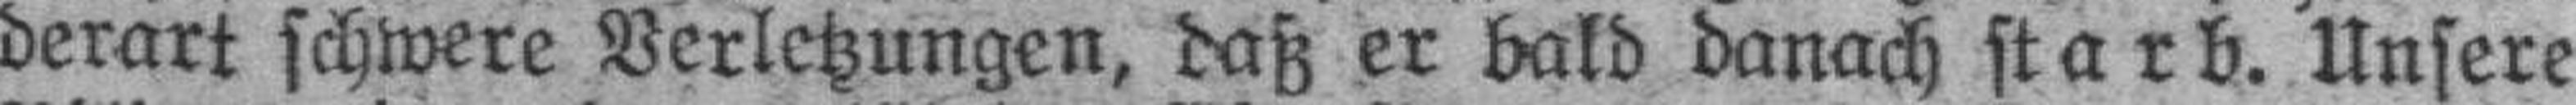
derart schwere Verletzungen, daß er bald danach starb. Unsere